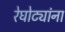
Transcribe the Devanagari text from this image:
रेघोट्यांना